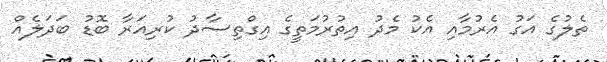
ތެލުގެ އަގު އެރުމާއި އެކު މެދު އިތުރުމަތީގެ އިގްތިސާދު ކުރިއަރާ ބޮޑު ބަދަލެއް